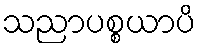
သညာပစ္စယာပိ